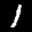
Label: 1